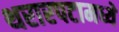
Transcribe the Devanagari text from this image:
थरारपटामध्ये